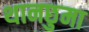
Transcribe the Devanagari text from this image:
थानछुमा